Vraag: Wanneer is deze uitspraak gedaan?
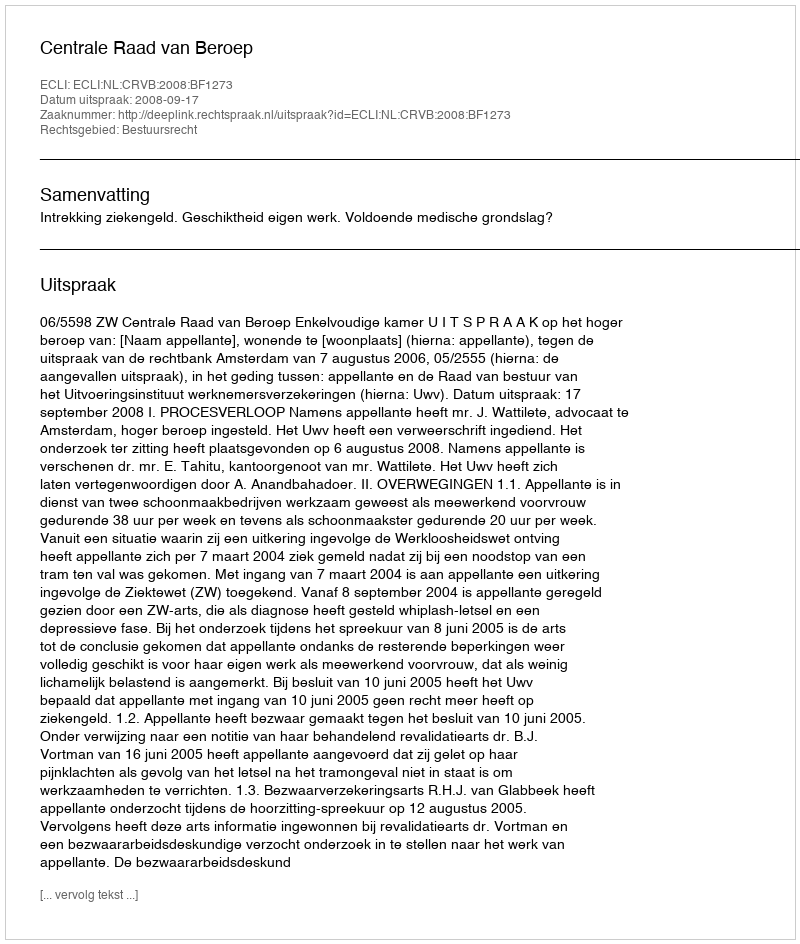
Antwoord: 2008-09-17